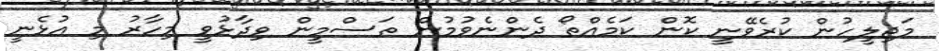
މަޖިލީހުން ކުރެވޭނީ ކޮން ކަމެއްތޯ ދެންނެވުމުން ތަސްމީން ވިދާޅުވީ މިހާރު މި އުޅެނީ